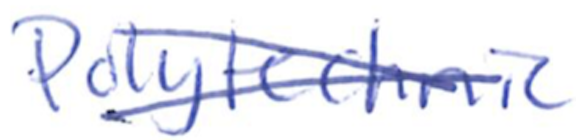
Text: Polytechnic
Cross-out: cross
Writing tool: ballpoint